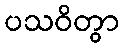
ပသဝိတွာ